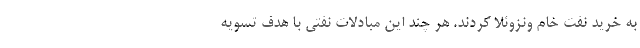
به خرید نفت خام ونزوئلا کردند. هر چند این مبادلات نفتی با هدف تسویه